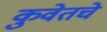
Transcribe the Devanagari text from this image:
कुवेतचे